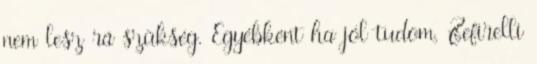
nem lesz rá szükség. Egyébként ha jól tudom, Zefirelli